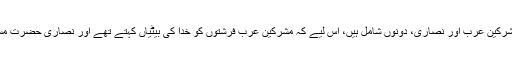
یہ عام کے بعد خاص کا ذکر ہے اوراِس میں مشرکین عرب اور نصاریٰ، دونوں شامل ہیں، اِس لیے کہ مشرکین عرب فرشتوں کو خدا کی بیٹیاں کہتے تھے اور نصاریٰ حضرت مسیح علیہ السلام کو خدا کا بیٹا بنائے ہوئے تھے۔